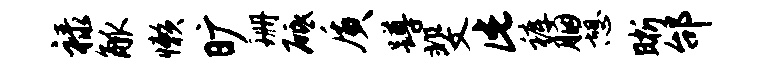
禄觚懒旷珊砥质蹲斐此裤胭憩晰邰